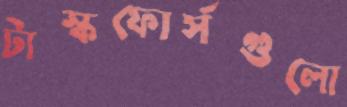
টাস্কফোর্সগুলো